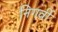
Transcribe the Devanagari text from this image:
निगर्वी